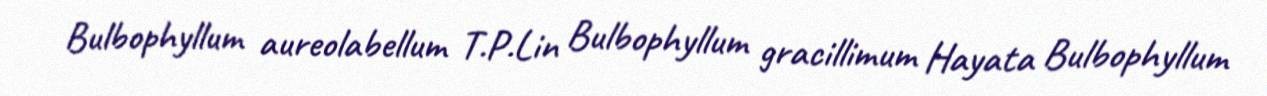
Bulbophyllum aureolabellum T.P.Lin Bulbophyllum gracillimum Hayata Bulbophyllum